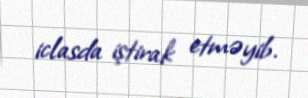
iclasda iştirak etməyib.